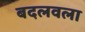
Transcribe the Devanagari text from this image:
बदलवला